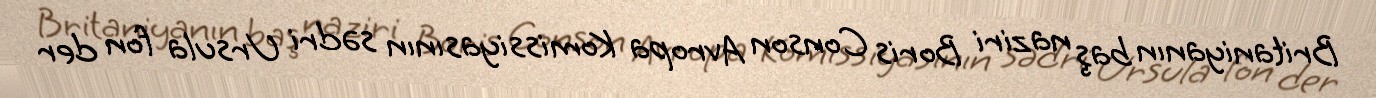
Britaniyanın baş naziri Boris Conson Avropa Komissiyasının sədri Ursula fon der